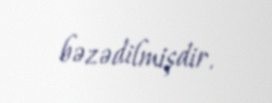
bəzədilmişdir.